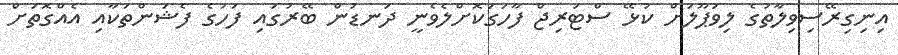
އިނިގިރޭސިވިލާތުގެ ލިވަޕޫލަށް ކުޅޭ ސްޓަރިޖް ފާހަގަކޮށްލެވެނީ ދަނޑުން ބޭރުގައި ފަހުގެ ފެޝަންތަކާއި އެއްގޮތަށް